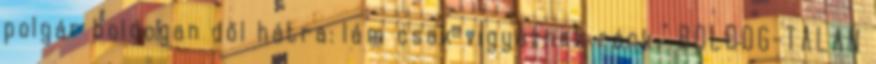
polgár boldogan dől hátra: lám csak vigyáznak ránk." BOLDOG-TALAN